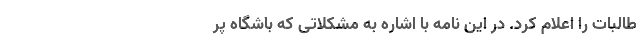
طالبات را اعلام کرد. در این نامه با اشاره به مشکلاتی که باشگاه پر